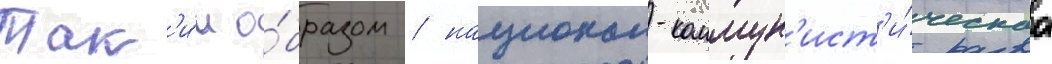
Так'и́м о́бразом / национал-коммун'ист'и́ческаа